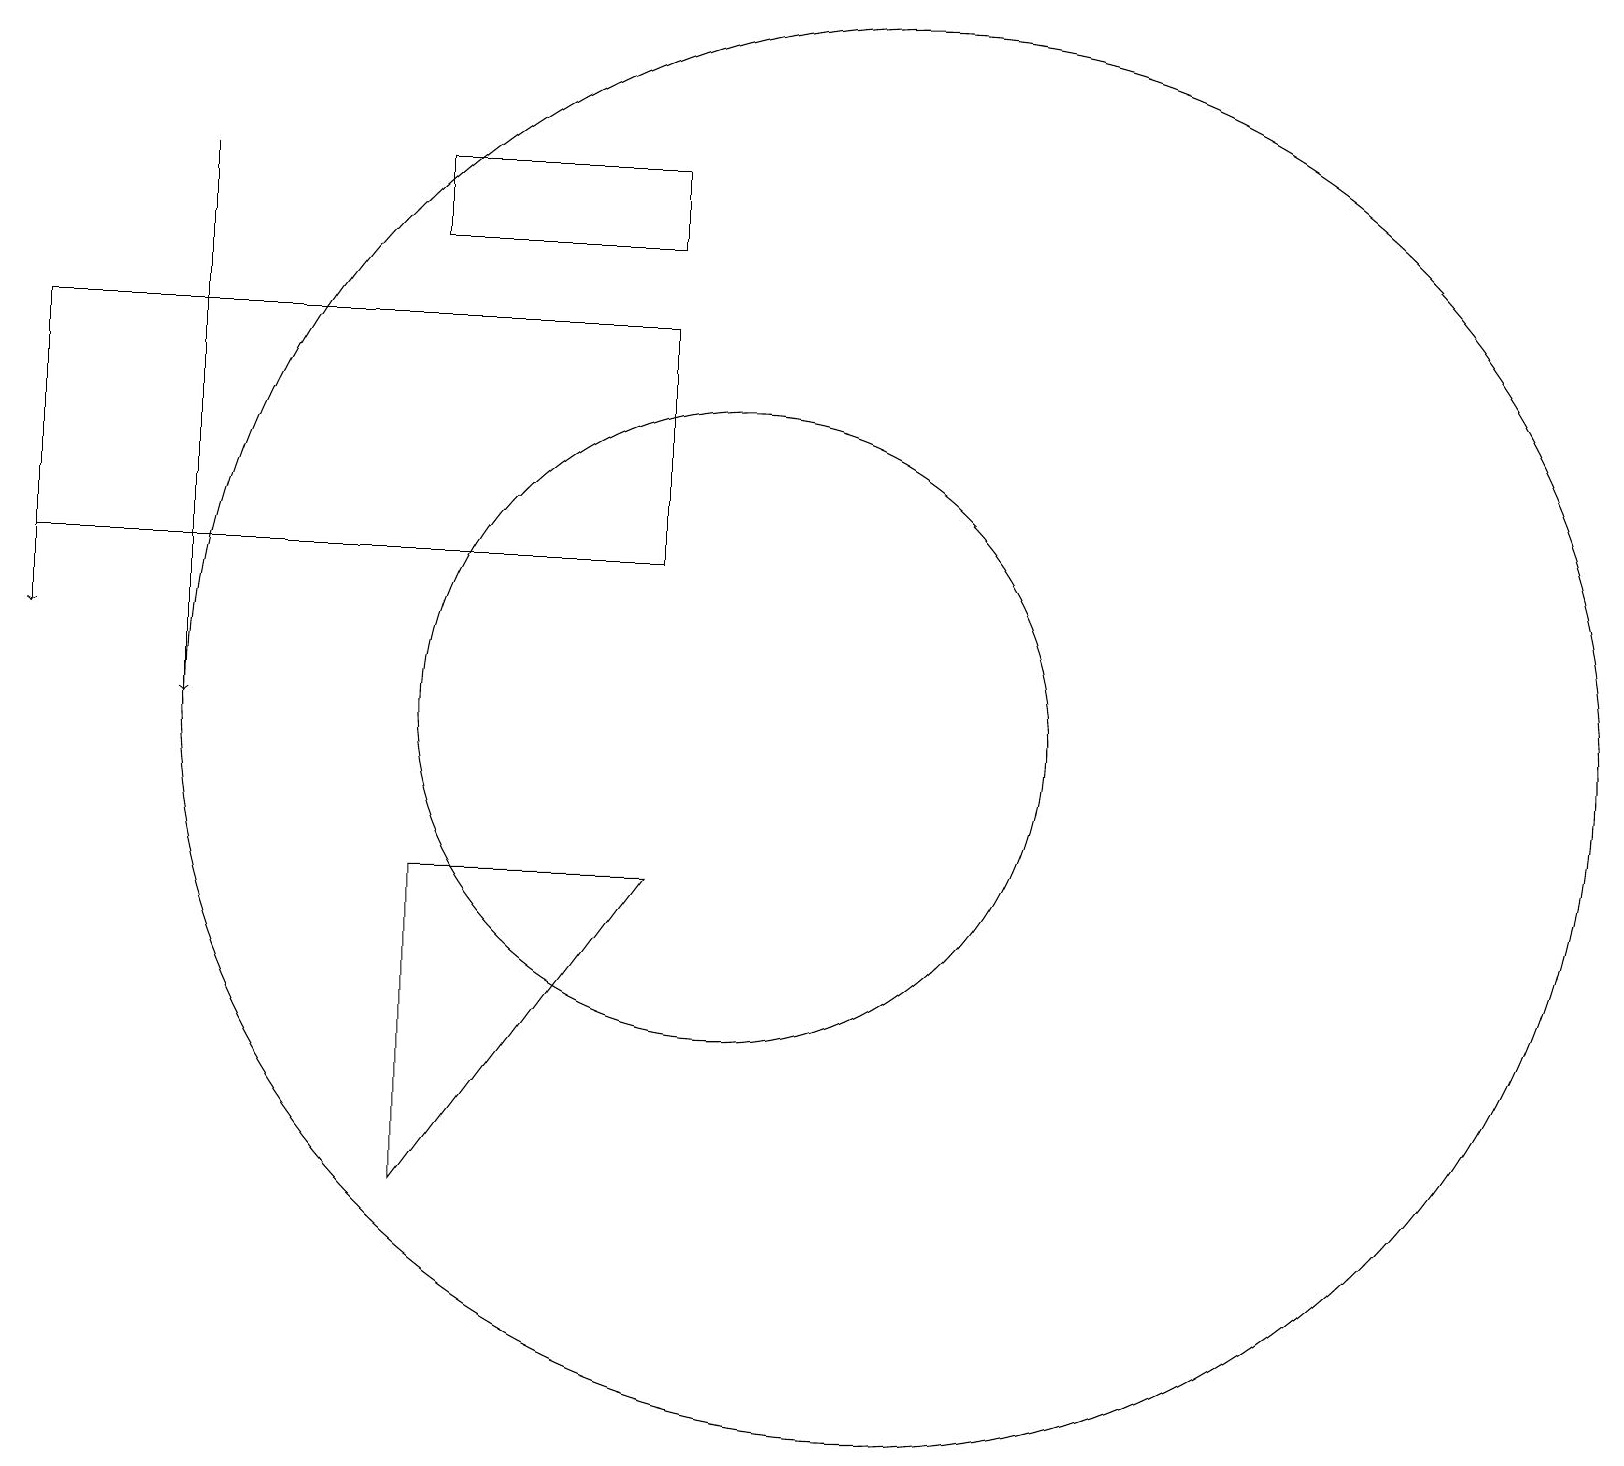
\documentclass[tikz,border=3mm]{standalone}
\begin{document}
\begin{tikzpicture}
\draw (10,11) circle (4);
\draw (1,16) rectangle (9,13);
\draw (6,9) -- (9,9) -- (6,5) -- cycle;
\draw (6,17) rectangle (9,18);
\draw (12,11) circle (9);
\draw[->] (1,15) -- (1,12);
\draw[->] (3,18) -- (3,11);
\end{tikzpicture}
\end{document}